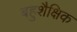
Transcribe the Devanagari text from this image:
बहुशैक्षिक